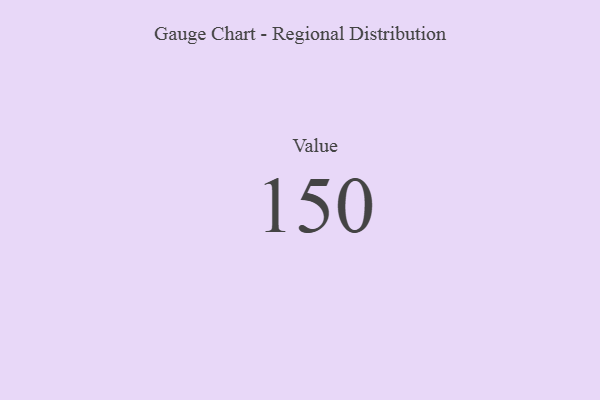
{"axis": {"x": "Metric", "y": "Value"}, "legend": [""], "data": [{"x": "Value", "y": 150, "type": ""}]}